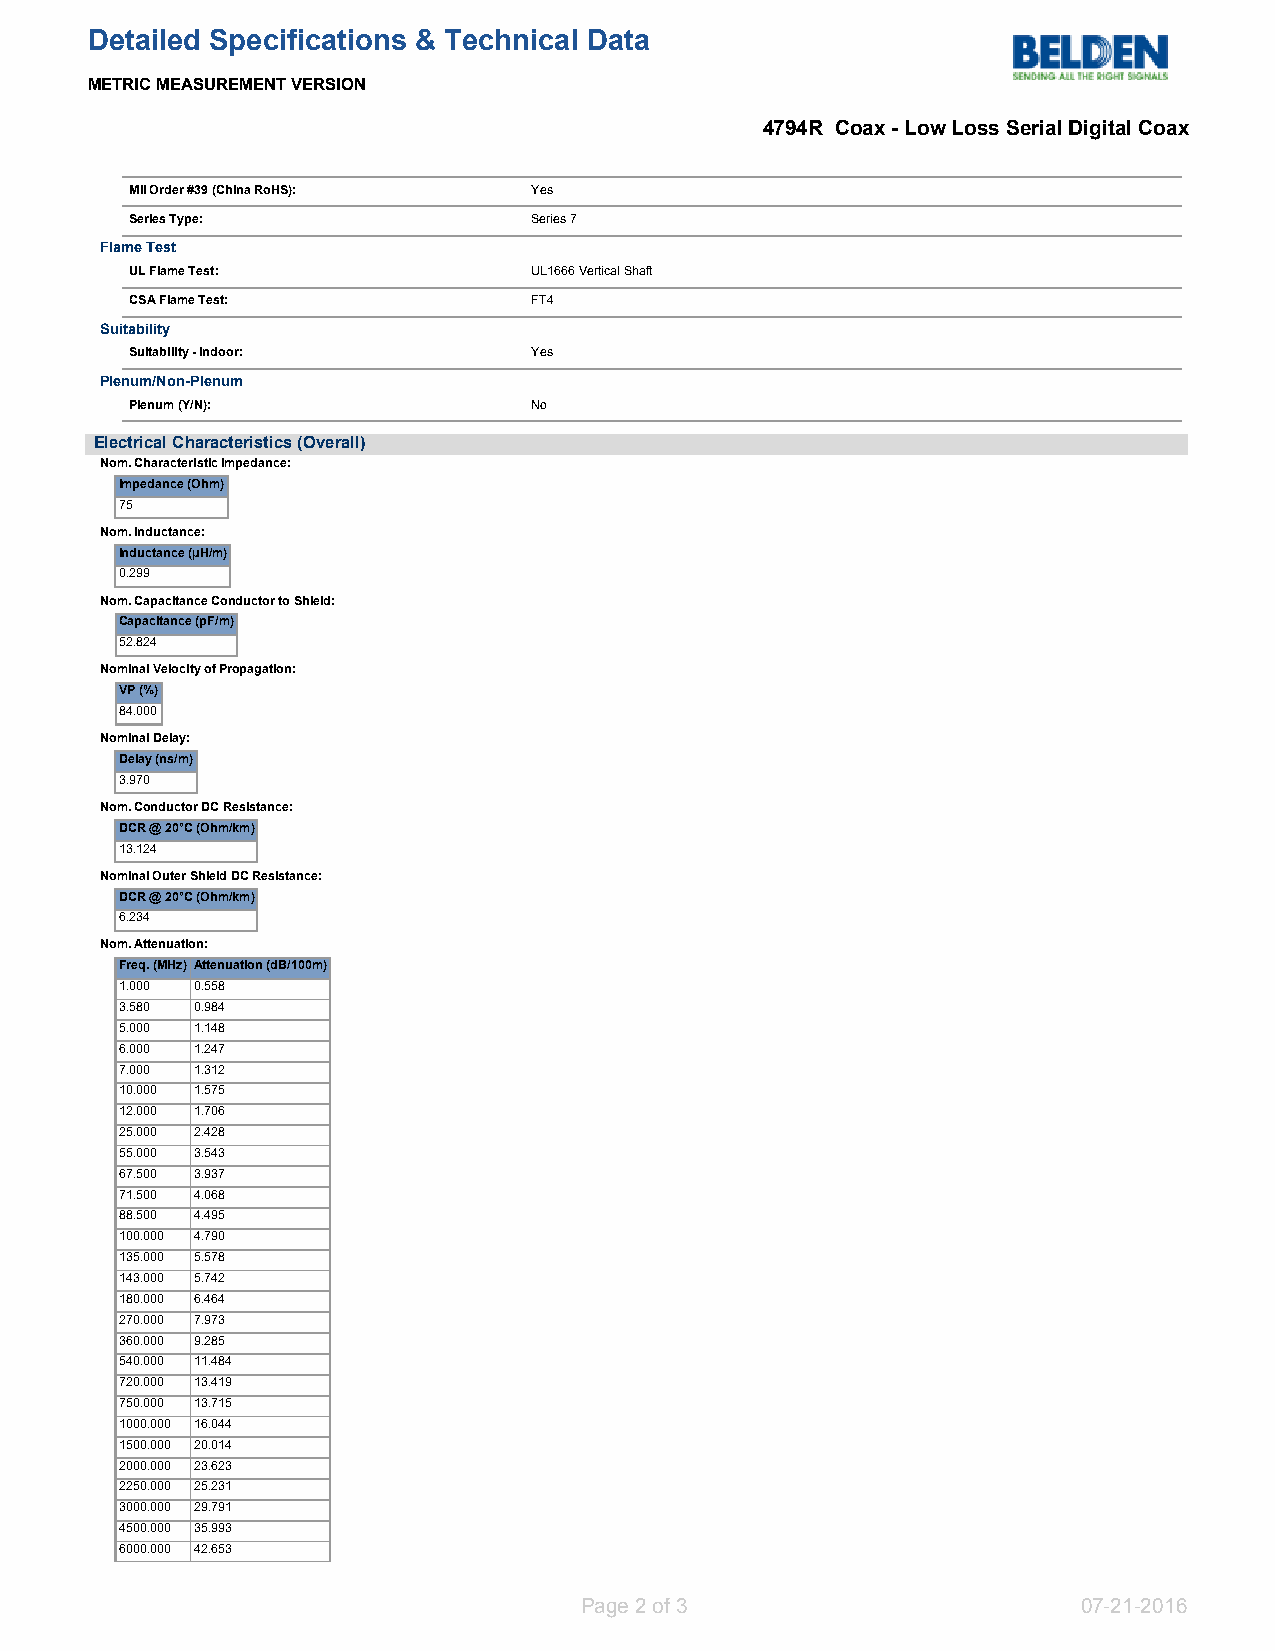
Detailed Specifications & Technical Data
 METRIC MEASUREMENT VERSION
 4794R Coax - Low Loss Serial Digital Coax
 MII Order #39 (China RoHS): Yes
 Series Type:              Series 7
 Flame Test
 UL Flame Test:            UL1666 Vertical Shaft
 CSA Flame Test:           FT4
 Suitability
 Suitability - Indoor:     Yes
 Plenum/Non-Plenum
 Plenum (Y/N):             No
 Electrical Characteristics (Overall)
 Nom. Characteristic Impedance:
 Impedance (Ohm)
 75
 Nom. Inductance:
 Inductance (µH/m)
 0.299
 Nom. Capacitance Conductor to Shield:
 Capacitance (pF/m)
 52.824
 Nominal Velocity of Propagation:
 VP (%)
 84.000
 Nominal Delay:
 Delay (ns/m)
 3.970
 Nom. Conductor DC Resistance:
 DCR @ 20°C (Ohm/km)
 13.124
 Nominal Outer Shield DC Resistance:
 DCR @ 20°C (Ohm/km)
 6.234
 Nom. Attenuation:
 Freq. (MHz) Attenuation (dB/100m)
 1.000 0.558
 3.580 0.984
 5.000 1.148
 6.000 1.247
 7.000 1.312
 10.000 1.575
 12.000 1.706
 25.000 2.428
 55.000 3.543
 67.500 3.937
 71.500 4.068
 88.500 4.495
 100.000 4.790
 135.000 5.578
 143.000 5.742
 180.000 6.464
 270.000 7.973
 360.000 9.285
 540.000 11.484
 720.000 13.419
 750.000 13.715
 1000.000 16.044
 1500.000 20.014
 2000.000 23.623
 2250.000 25.231
 3000.000 29.791
 4500.000 35.993
 6000.000 42.653
 Page 2 of 3                       07-21-2016